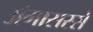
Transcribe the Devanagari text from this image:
अंगासरसे